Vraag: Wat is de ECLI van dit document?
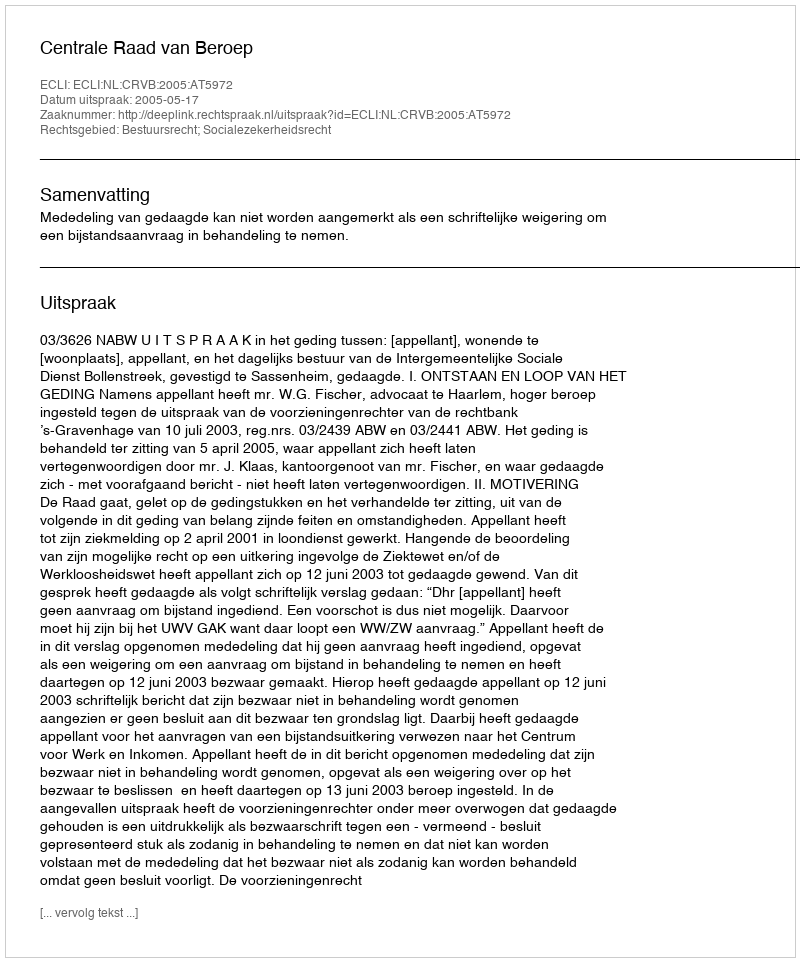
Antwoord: ECLI:NL:CRVB:2005:AT5972